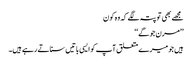
مجھے بھی تو پتہ لگے کہ وہ کون
’’مرن جوگے‘‘
ہیں جو میرے متعلق آپ کو ایسی باتیں سناتے رہے ہیں۔